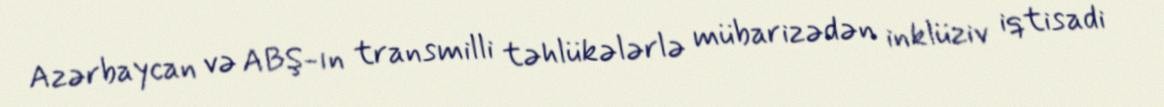
Azərbaycan və ABŞ-ın transmilli təhlükələrlə mübarizədən inklüziv iqtisadi